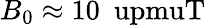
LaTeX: B_{0}\approx 10~\mathrm{\ upmuT}